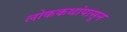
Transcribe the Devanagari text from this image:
लोककथांपासून